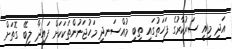
އަދި މިއީ ސަރުކާރުގެ ފަހަތުގައި ތިބި މުއްސަނދި މަހުޖަނުންތަކަކަށް ފައިދާ ލިބޭ ގޮތަށް